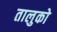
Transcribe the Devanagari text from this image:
तालुको